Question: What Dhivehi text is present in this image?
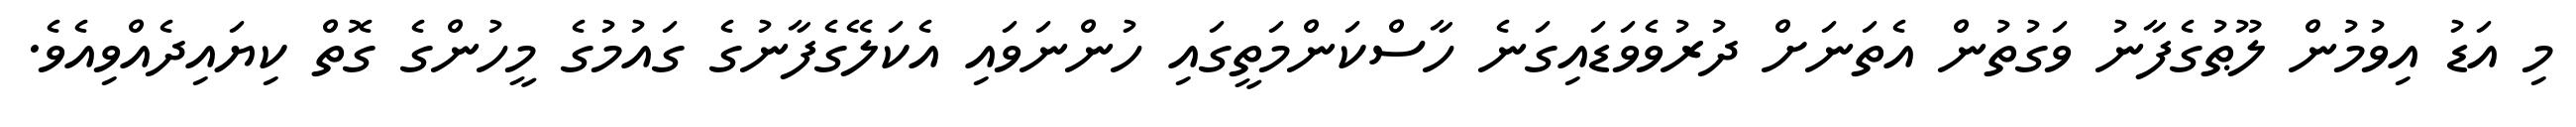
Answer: މި އަޑު އިވުމުން ލޫޠުގެފާނު ވަގުތުން އެތަނަށް ދުރުވެވަޑައިގަނެ ހާސްކަންމަތީގައި ހުންނަވައި އެކަލޭގެފާނުގެ ގައުމުގެ މީހުންގެ ގޮތް ކިޔައިދެއްވިއެވެ.